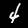
Label: 4